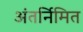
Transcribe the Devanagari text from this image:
अंतर्निमित